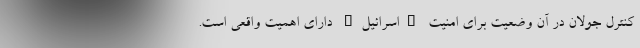
کنترل جولان در آن وضعیت برای امنیت "اسرائیل" دارای اهمیت واقعی است.